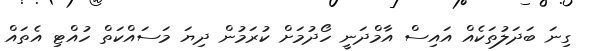
ގިނަ ބަދަލުތަކެއް އައިސް އާމްދަނީ ހޯދުމަށް ކުރަމުން ދިޔަ މަސައްކަތް ހުއްޓި އެތައް